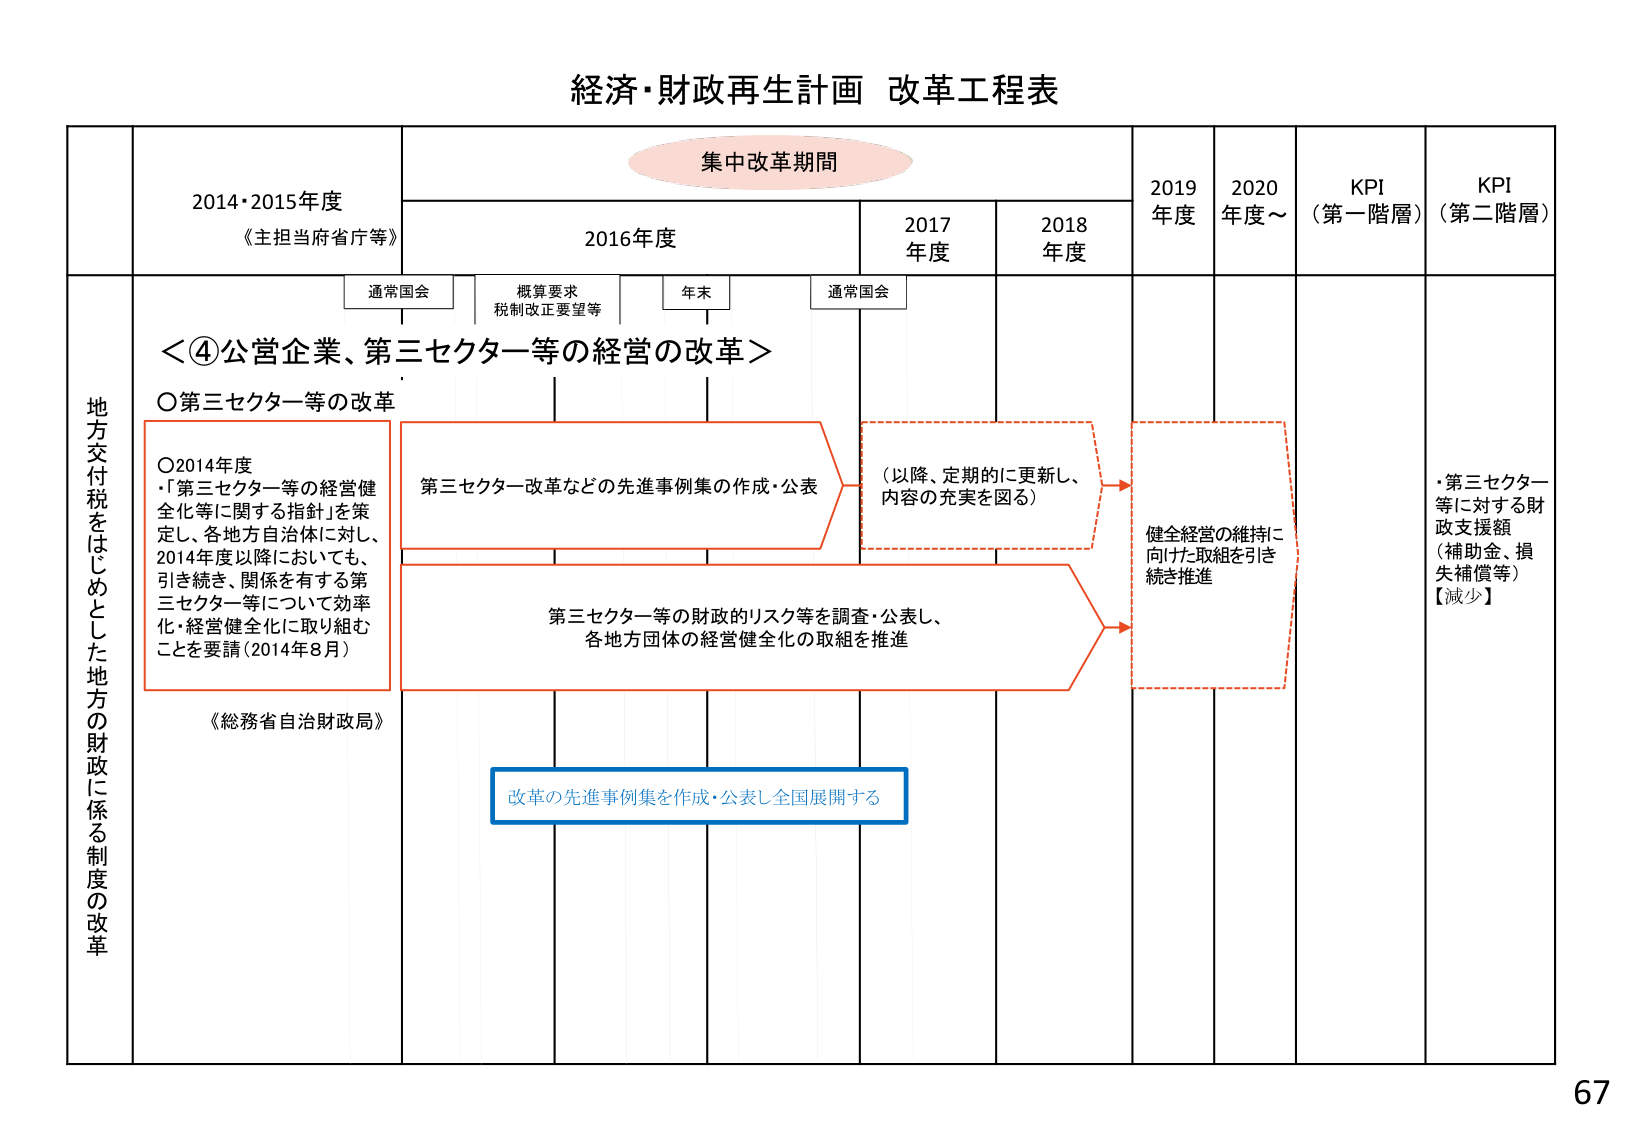
経済・財政再生計画 改革工程表

集中改革期間

2014・2015年度
《主担当府省庁等》

2016年度

2017年度

2018年度

2019年度

2020年度～

KPI（第一階層）

KPI（第二階層）

通常国会

概算要求
税制改正要望等

年末

通常国会

地方交付税をはじめとした地方の財政に係る制度の改革

＜④公営企業、第三セクター等の経営の改革＞

〇第三セクター等の改革

〇2014年度
・「第三セクター等の経営健全化等に関する指針」を策定し、各地方自治体に対し、2014年度以降においても、引き続き、関係を有する第三セクター等について効率化・経営健全化に取り組むことを要請（2014年8月）

《総務省自治財政局》

第三セクター改革などの先進事例集の作成・公表

（以降、定期的に更新し、内容の充実を図る）

第三セクター等の財政的リスク等を調査・公表し、各地方団体の経営健全化の取組を推進

健全経営の維持に向けた取組を引き続き推進

改革の先進事例集を作成・公表し全国展開する

・第三セクター等に対する財政支援額（補助金、損失補償等）
【減少】

67